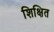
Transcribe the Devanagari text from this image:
शिक्षित